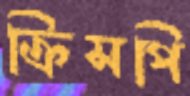
ক্রিসপি